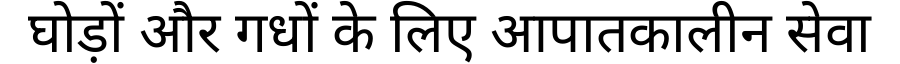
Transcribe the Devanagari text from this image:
घोड़ों और गधों के लिए आपातकालीन सेवा